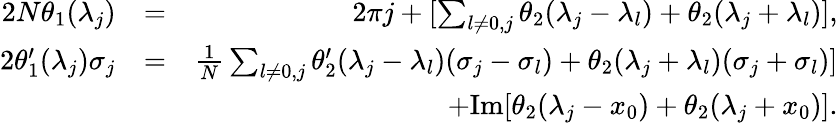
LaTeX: \begin{array}{rlr}{2N\theta_{1}(\lambda_{j})}&{=}&{2\pi j+[\sum_{l\neq 0,j}\theta_{2}(\lambda_{j}-\lambda_{l})+\theta_{2}(\lambda_{j}+\lambda_{l})],}\\ {2\theta_{1}^{\prime}(\lambda_{j})\sigma_{j}}&{=}&{\frac{1}{N}\sum_{l\neq 0,j}\theta_{2}^{\prime}(\lambda_{j}-\lambda_{l})(\sigma_{j}-\sigma_{l})+\theta_{2}(\lambda_{j}+\lambda_{l})(\sigma_{j}+\sigma_{l})]}\\ &{}&{+\mathrm{Im}[\theta_{2}(\lambda_{j}-x_{0})+\theta_{2}(\lambda_{j}+x_{0})].}\end{array}